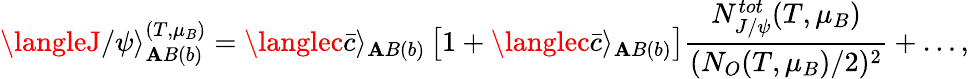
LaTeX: \langleJ/\psi\rangle_{\mathbf{A}B(b)}^{(T,\mu_{B})}=\langlec\bar{{c}}\rangle_{\mathbf{A}B(b)}\left[1+\langlec\bar{{c}}\rangle_{\mathbf{A}B(b)}\right]\frac{{N_{J/\psi}^{tot}(T,\mu_{B})}}{{(N_{O}(T,\mu_{B})/2)^{2}}}+\dots,